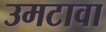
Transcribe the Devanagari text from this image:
उमटावा